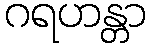
ဂရဟန္တာ